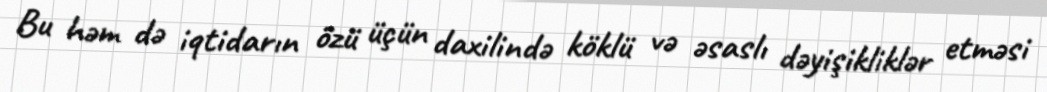
Bu həm də iqtidarın özü üçün daxilində köklü və əsaslı dəyişikliklər etməsi